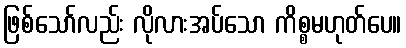
ဖြစ်သော်လည်း လိုလားအပ်သော ကိစ္စမဟုတ်ပေ။